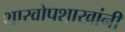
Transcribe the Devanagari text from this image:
शाखोपशाखांनी